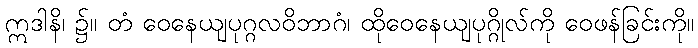
ဣဒါနိ၊ ၌။ တံ ဝေနေယျပုဂ္ဂလဝိဘာဂံ၊ ထိုဝေနေယျပုဂ္ဂိုလ်ကို ဝေဖန်ခြင်းကို။